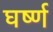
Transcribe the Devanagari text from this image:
घर्ष्ण